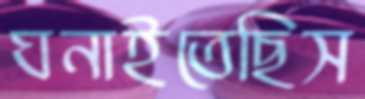
ঘনাইতেছিস